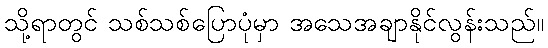
သို့ရာတွင် သစ်သစ်ပြောပုံမှာ အသေအချာနိုင်လွန်းသည်။